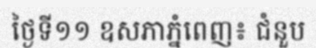
ថ្ងៃទី១១ ឧសភាភ្នំពេញ៖ ជំនួប